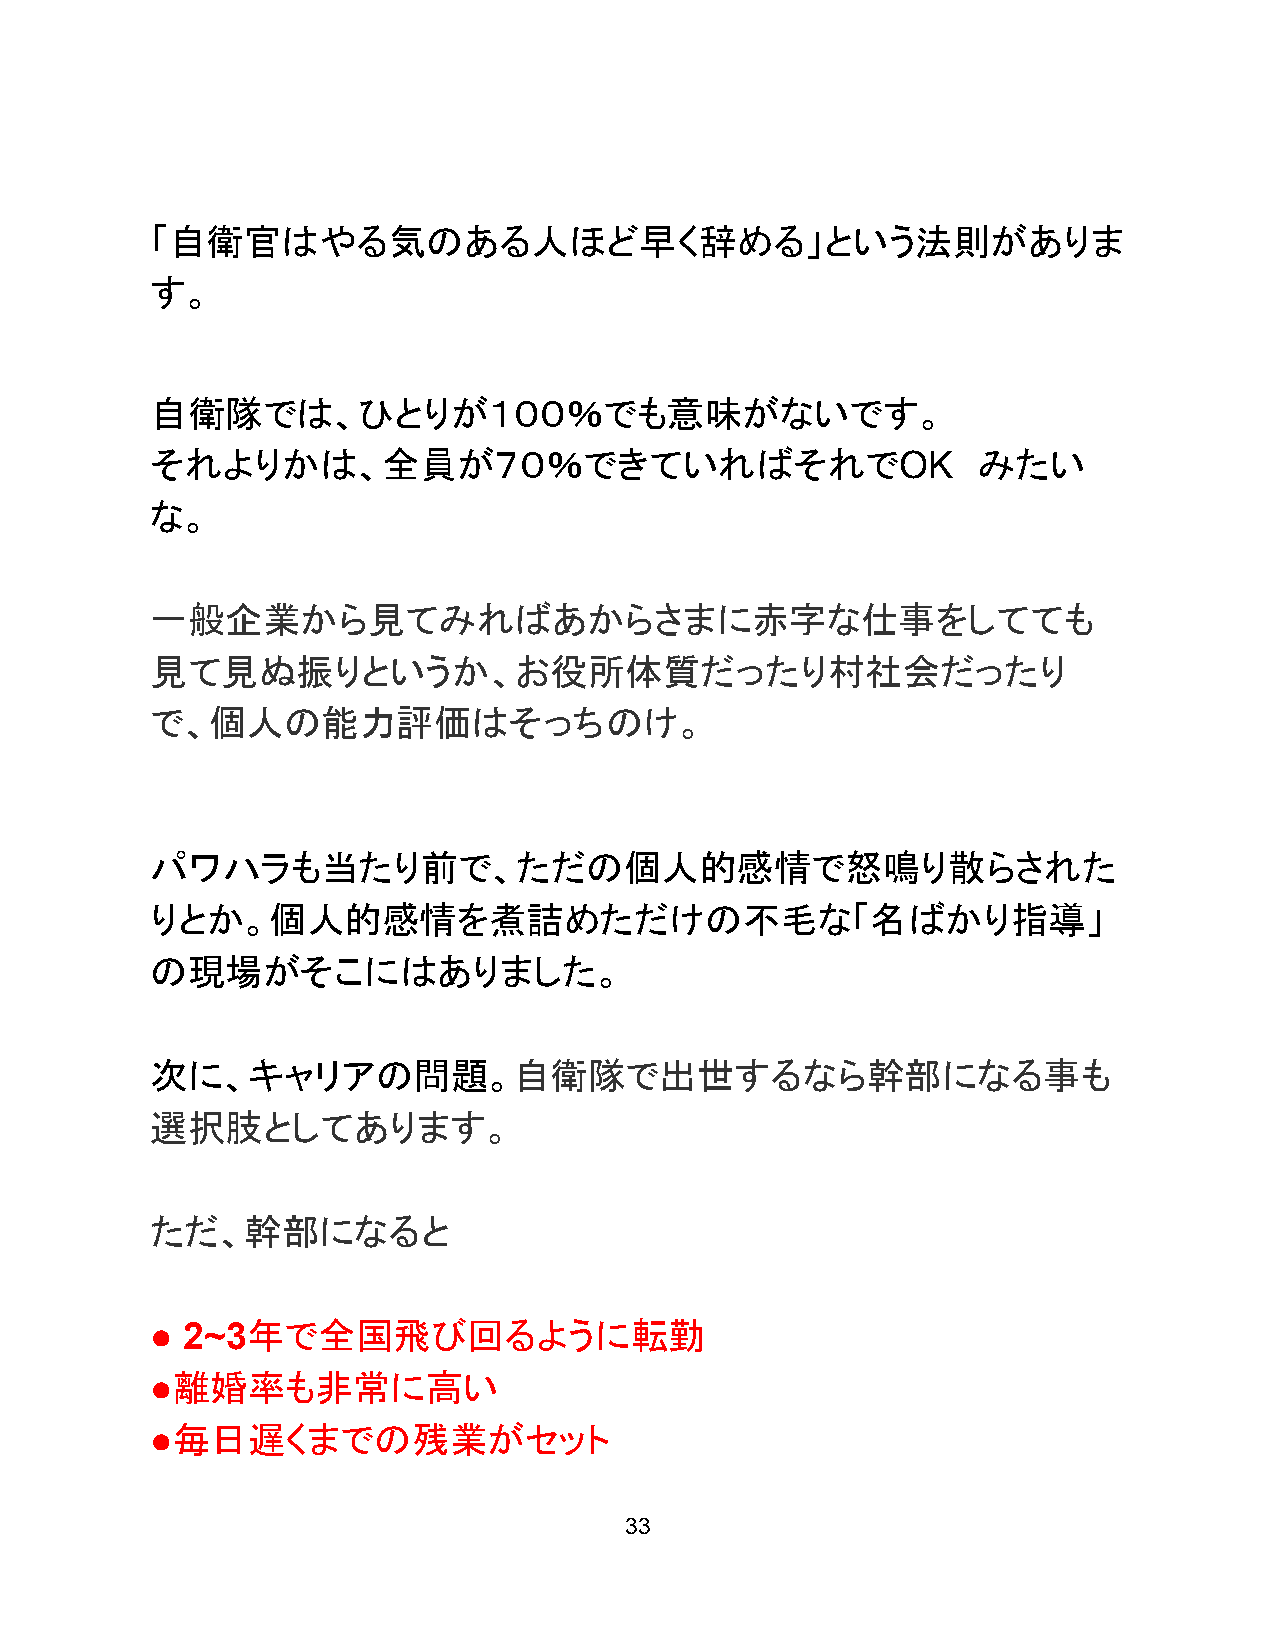
「自衛官はやる気のある人ほど早く辞める」という法則がありま
 す。
 自衛隊では、ひとりが１００％でも意味がないです。
 それよりかは、全員が７０％できていればそれでOK                               みたい
 な。
 一般企業から見てみればあからさまに赤字な仕事をしてても
 見て見ぬ振りというか、お役所体質だったり村社会だったり
 で、個人の能力評価はそっちのけ。
 パワハラも当たり前で、ただの個人的感情で怒鳴り散らされた
 りとか。個人的感情を煮詰めただけの不毛な「名ばかり指導」
 の現場がそこにはありました。
 次に、キャリアの問題。             自衛隊で出世するなら幹部になる事も
 選択肢としてあります。
 ただ、幹部になると
 ● 2~3年で全国飛び回るように転勤
 ●離婚率も非常に高い
 ●毎日遅くまでの残業がセット
 33